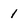
Character: 1